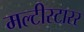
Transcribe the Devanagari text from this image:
मल्टीस्टारर